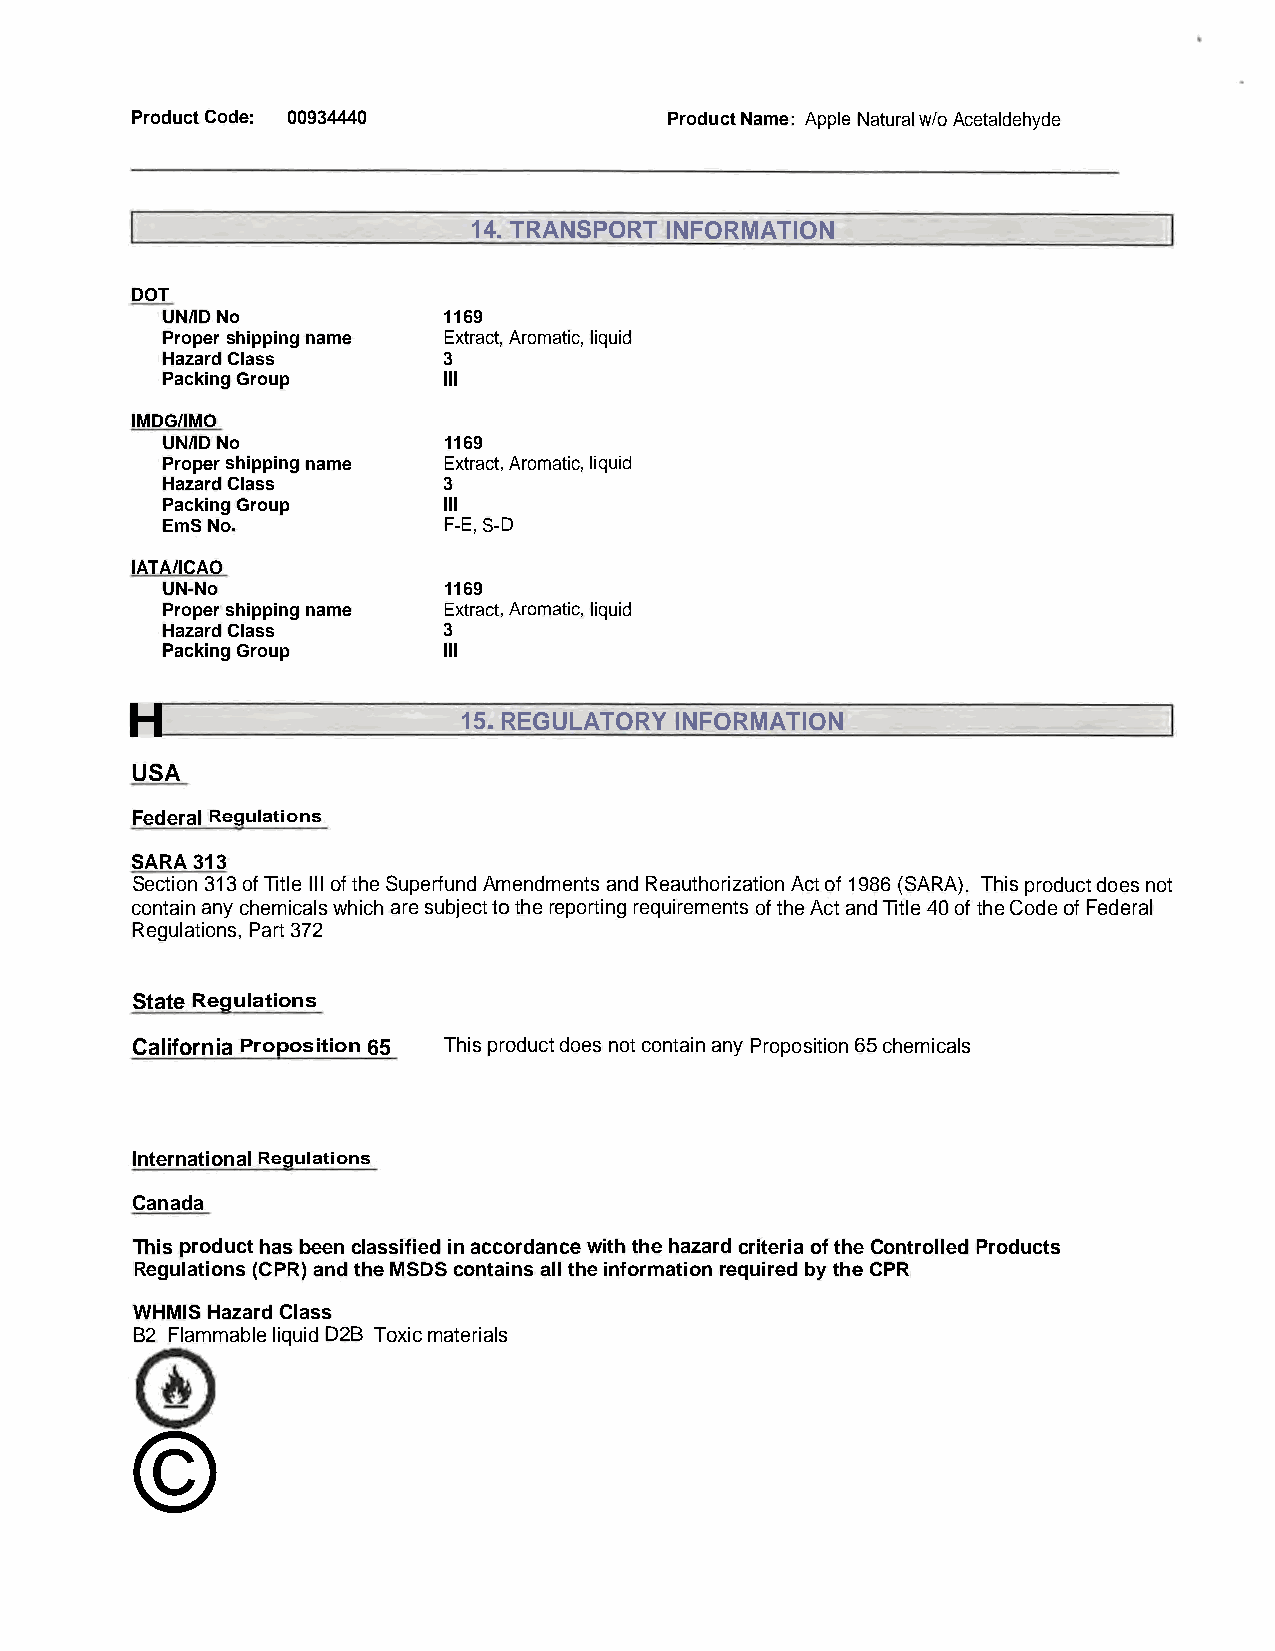
ProductCode: 00934440              ProductName: AppleNaturalw/oAcetaldehyde
 14. TRANSPORT INFORMATION
 DOT
 UN/IDNo           1169
 Propershippingname Extract,Aromatic,liquid
 HazardClass       3
 PackingGroup      III
 IMDG/IMO
 UN/IDNo           1169
 Propershippingname Extract,Aromatic,liquid
 HazardClass       3
 PackingGroup      III
 EmSNo.            F-E,S-D
 IATA/ICAO
 UN-No             1169
 Propershippingname Extract,Aromatic,liquid
 HazardClass       3
 PackingGroup      III
 H
 15.REGULATORY  INFORMATION
 USA
 FederalRegulations
 SARA313
 Section313ofTitleIIIoftheSuperfundAmendmentsandReauthorizationActof1986(SARA). Thisproductdoesnot
 containanychemicalswhicharesubjecttothereportingrequirementsoftheActandTitle40oftheCodeofFederal
 Regulations,Part372
 StateRegulations
 CaliforniaProposition65 ThisproductdoesnotcontainanyProposition65chemicals
 InternationalRegulations
 Canada
 ThisproducthasbeenclassifiedinaccordancewiththehazardcriteriaoftheControlledProducts
 Regulations(CPR)andtheMSDScontainsalltheinformationrequiredby theCPR
 WHMISHazardClass
 B2 FlammableliquidD2B Toxicmaterials
 ©